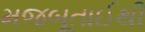
મજબૂતાઈથી